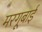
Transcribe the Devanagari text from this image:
मरगूबाई